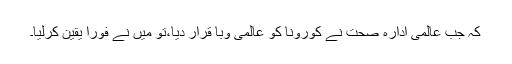
کہ جب عالمی ادارہ صحت نے کورونا کو عالمی وبا قرار دیا،تو میں نے فوراً یقین کرلیا۔